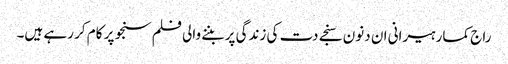
راج کمار ہیرانی ان دنون سنجے دت کی زندگی پر بننے والی فلم سنجو پر کام کر رہے ہیں۔